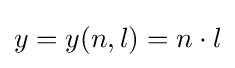
y=y(n,l)=n\cdot l